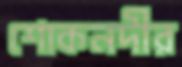
শোকনদীর